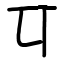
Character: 㔿